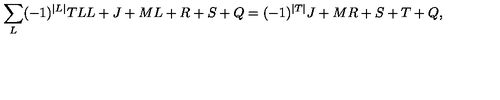
\sum _ { L } ( - 1 ) ^ { \vert L \vert } { \binom { T } { L } } { \binom { L + J + M } { L + R + S + Q } } = ( - 1 ) ^ { \vert T \vert } { \binom { J + M } { R + S + T + Q } } ,